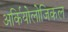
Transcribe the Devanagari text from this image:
अर्कियोलोजिकल